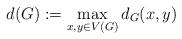
LaTeX: \begin{align*}d(G):=\max_{x,y\in V(G)}d_G(x,y)\end{align*}